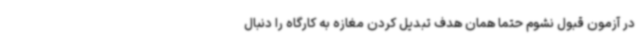
در آزمون قبول نشوم حتما همان هدف تبدیل کردن مغازه به کارگاه را دنبال